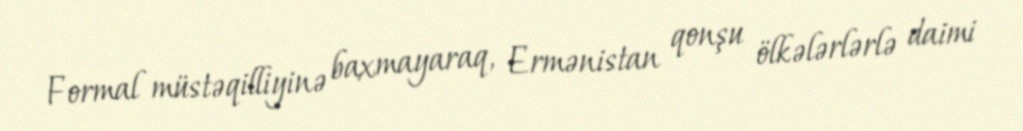
Formal müstəqilliyinə baxmayaraq, Ermənistan qonşu ölkələrlərlə daimi